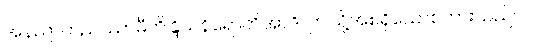
အနညာတညဿာမီတိန္ဒြိယနိရောတိအာဒိ၊ ဤသို့အစရှိသောစကားသည်။ ဝါ၊